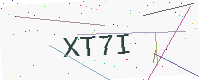
Text: XT7I